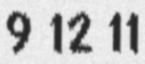
9 12 11